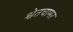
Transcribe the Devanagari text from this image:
श्वेतचामर